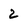
Character: 2